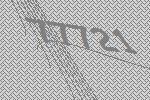
77721